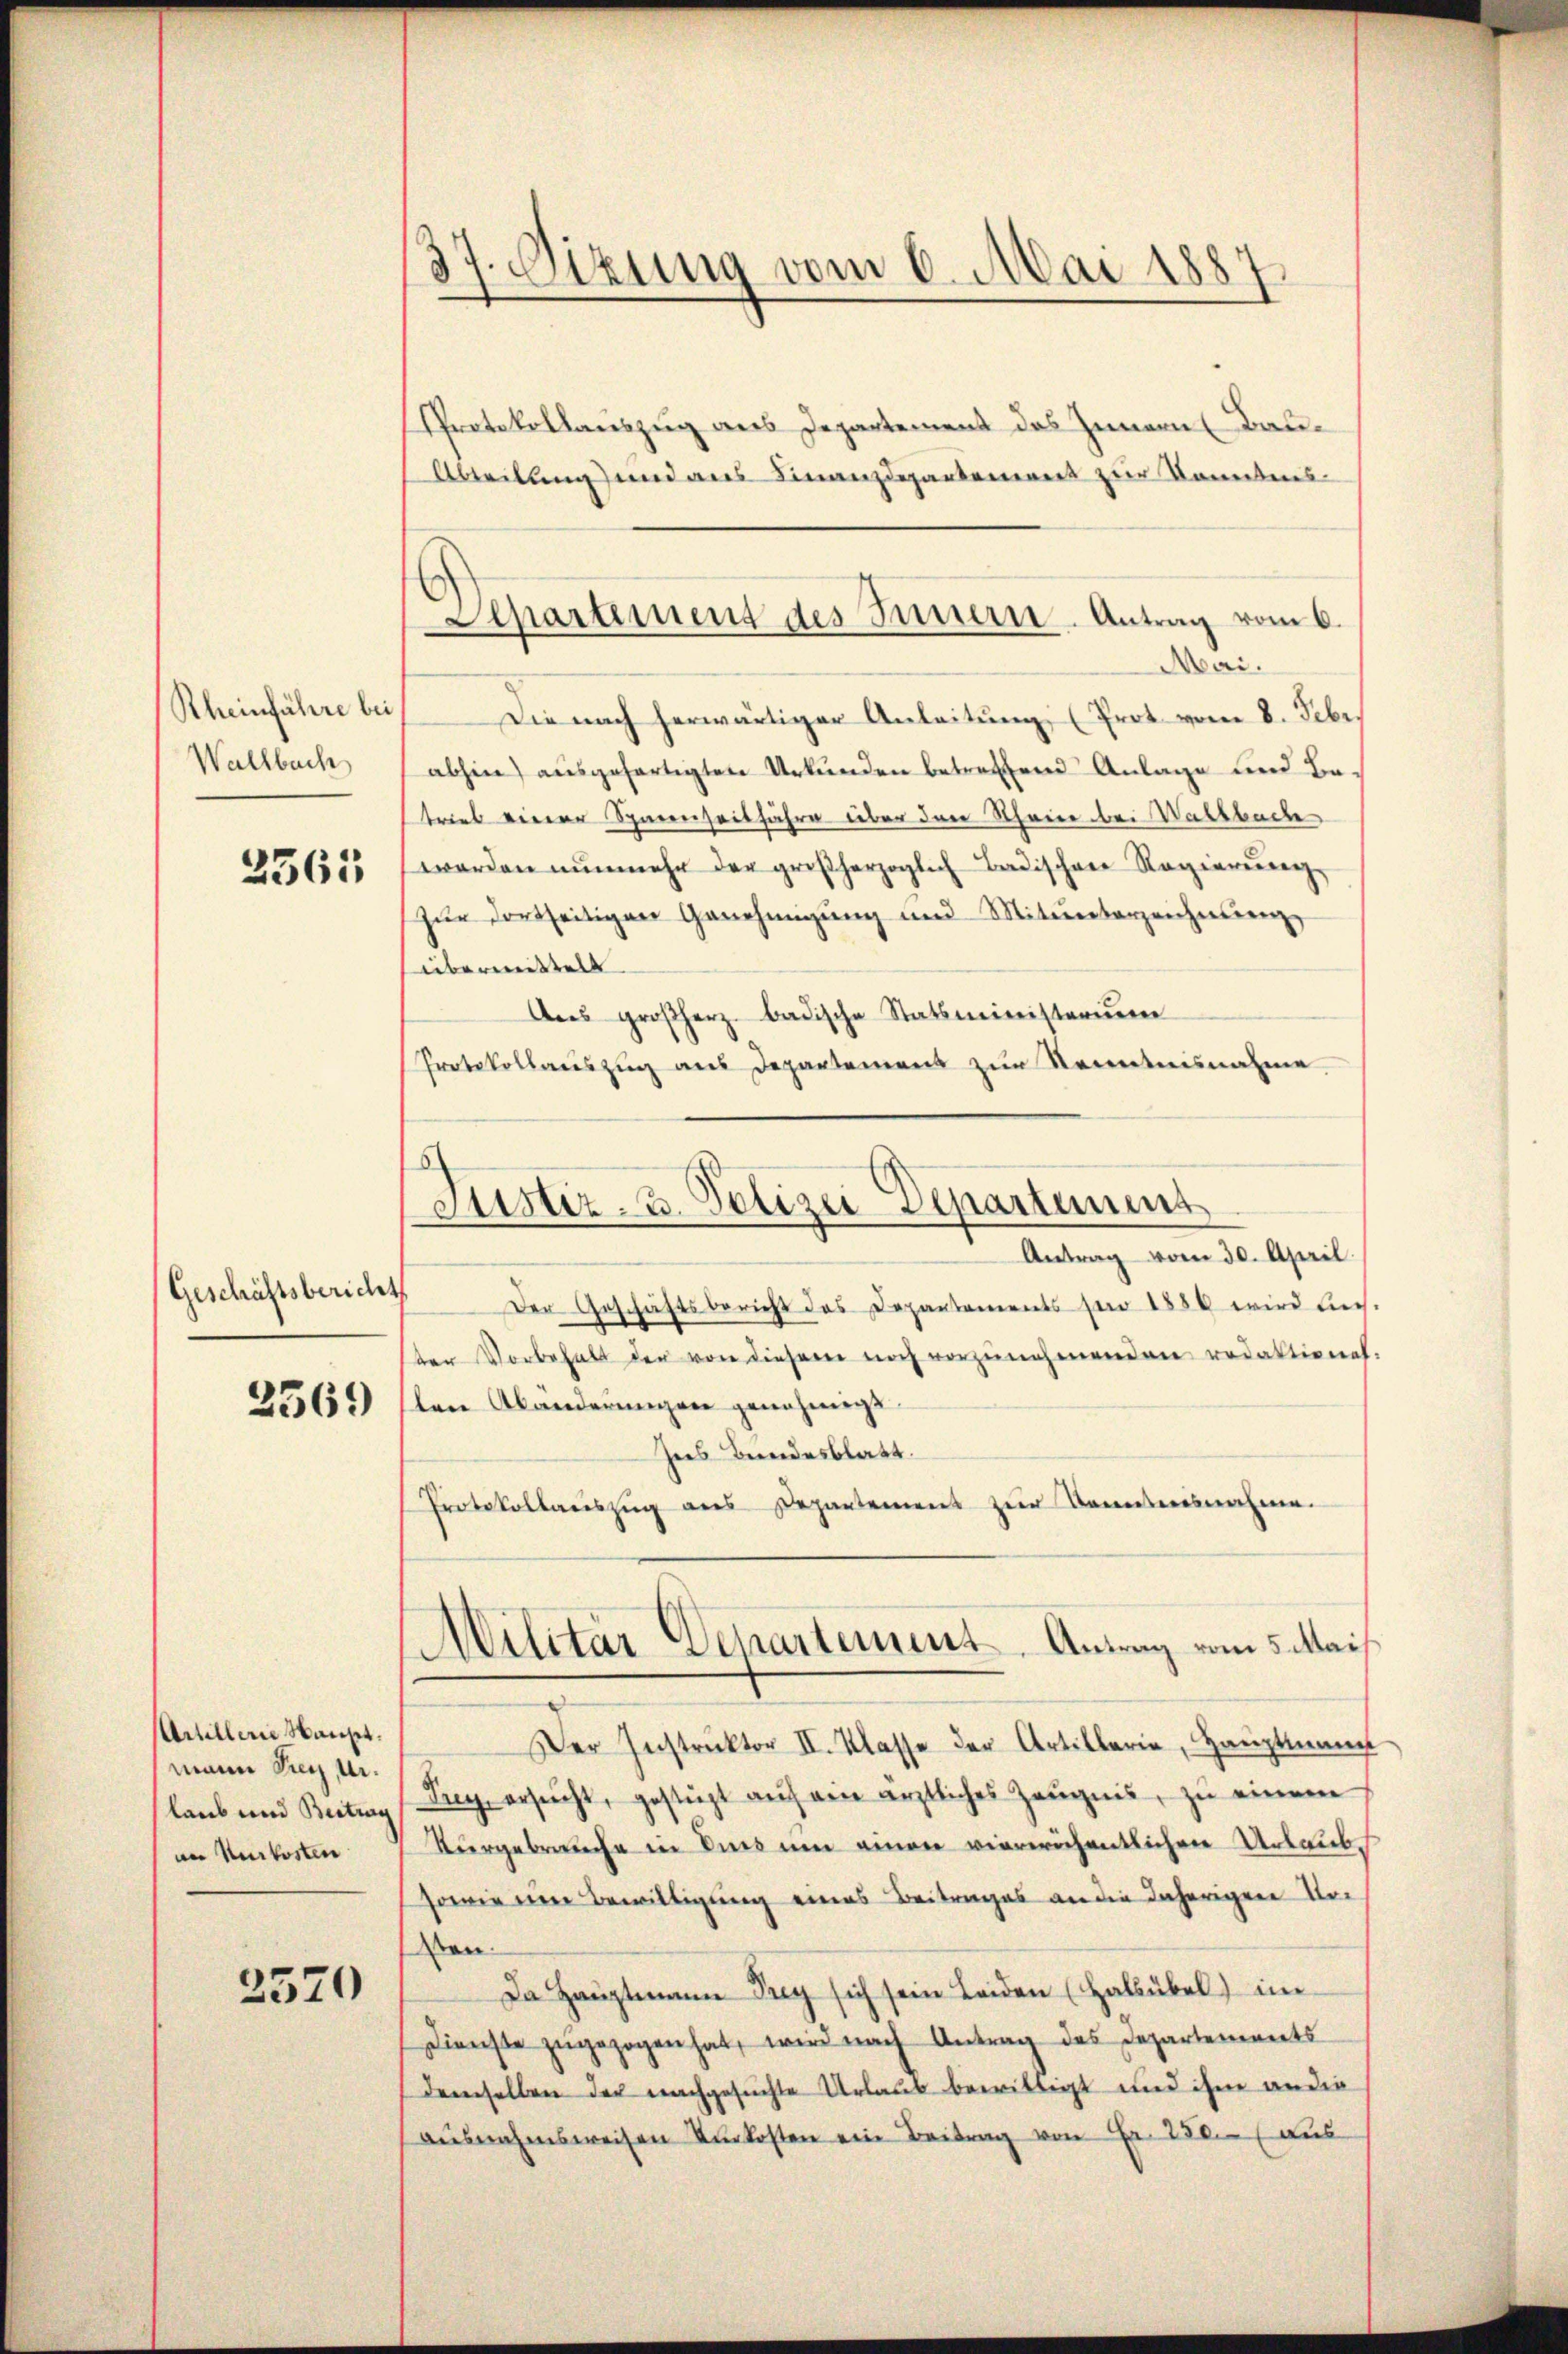
Rheinführe bei
Wallbach

2563

Geschäftsbericht
2569

Artillerie Hanset.
mann Sieg u.
laub und Beitrag
an Murkosten

2570

37. Dizung vom 6. Mai 1887.

Departement des Innern-Antrag vom 6.
Mai.

Justiz- u. Polizei Departement
Antrag vom 30. April.

Protokollauszug aus Departement des Innern Bau¬
Abteilung und aus Finanzdepartement zur Konntens
Die nach herwärtiger Anleitung, (Prot vom 8. Febr.
abhin) ausgefertigten Urkunden betreffend Anlage und Betrieb einer Sparenseitfahre über den Steine bei Waltbache
werden nunmehr der großherzoglich Badischen Regierung
zur dortseitigen Genehmigung und Mitunterzeichnung
übermittelt.
Ans großherz badische Statsministerium
Protokollauszug aus Departement zur Kenntnisnahme
Der Geschäftsbericht des Departements sei 1886 wird auch-
der Vorbehalt der von diesem noch vorzŭnehmenden redaktiones.
sten Abänderungen genehmigt.
Ines Bundesblatt.
Protokolaŭszŭg als Departement zur Damisnahme.
Militar Departement Antrag vom 5. Mai
Der Instruktor II. Klasse der Artillerie, Hauptmann
Tug ersucht, gestüzt aŭf ein ärztliches Zeŭgnis, zŭ einem
Kurgebrauche in dies um einen viereichentlichen Urlaub¬
sowie eine Bewilligung eines Beitrages an die daherigen Vor
Den
Da Hauptmann Prey sich sein Leiden (Halübel) im
Dienste zugezogen hat, wird nach Antrag des Departements
demselben der nachgesuchte Urlaub bewilligt und ihm an die
aŭsnahmsweisen Unkosten ein Beitrag von Fr. 280. aus